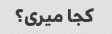
کجا میری؟